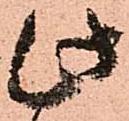
此